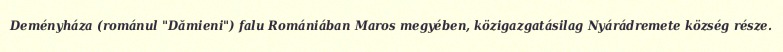
Deményháza (románul "Dămieni") falu Romániában Maros megyében, közigazgatásilag Nyárádremete község része.